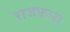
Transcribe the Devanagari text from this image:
राजफाश